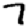
Digit: 7